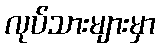
လုပ်သားများမှာ